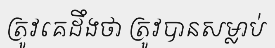
ត្រូវគេដឹងថា ត្រូវបានសម្លាប់